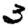
Digit: 3